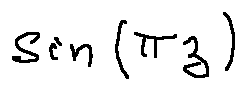
\sin ( \pi z )